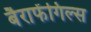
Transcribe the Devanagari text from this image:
बैराफेंगिल्स